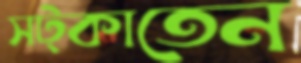
সট্‌কাতেন